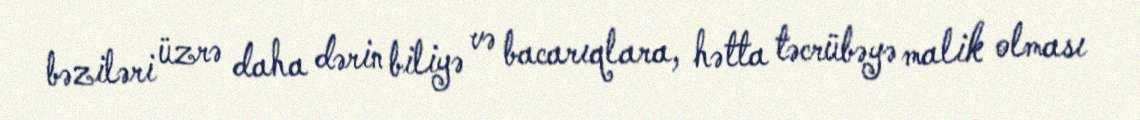
bəziləri üzrə daha dərin biliyə və bacarıqlara, hətta təcrübəyə malik olması